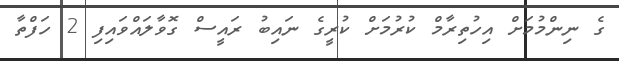
ގެ ނިންމުމަށް އިހުތިރާމް ކުރުމަށް ކުރީގެ ނައިބު ރައީސް ގޮވާލައްވައިފި 2 ހަފްތާ